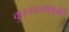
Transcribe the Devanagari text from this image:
कुरतडल्यामुळेही